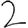
Digit: 2